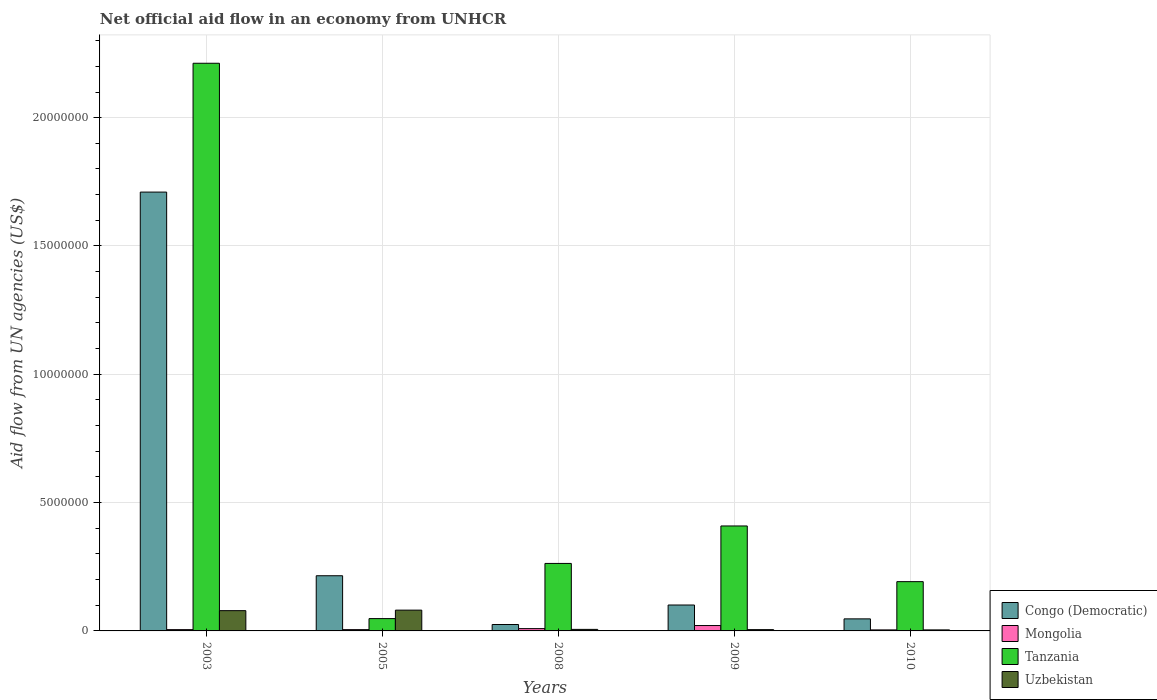
| Years | Congo (Democratic) | Mongolia | Tanzania | Uzbekistan |
 | --- | --- | --- | --- | --- |
 | 2003 | 1.71e+07 | 5e+04 | 2.21e+07 | 7.9e+05 |
 | 2005 | 2.15e+06 | 5e+04 | 4.8e+05 | 8.1e+05 |
 | 2008 | 2.5e+05 | 9e+04 | 2.63e+06 | 6e+04 |
 | 2009 | 1.01e+06 | 2.1e+05 | 4.09e+06 | 5e+04 |
 | 2010 | 4.7e+05 | 4e+04 | 1.92e+06 | 4e+04 |